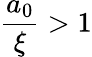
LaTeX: \frac{a_{0}}{\xi}>1